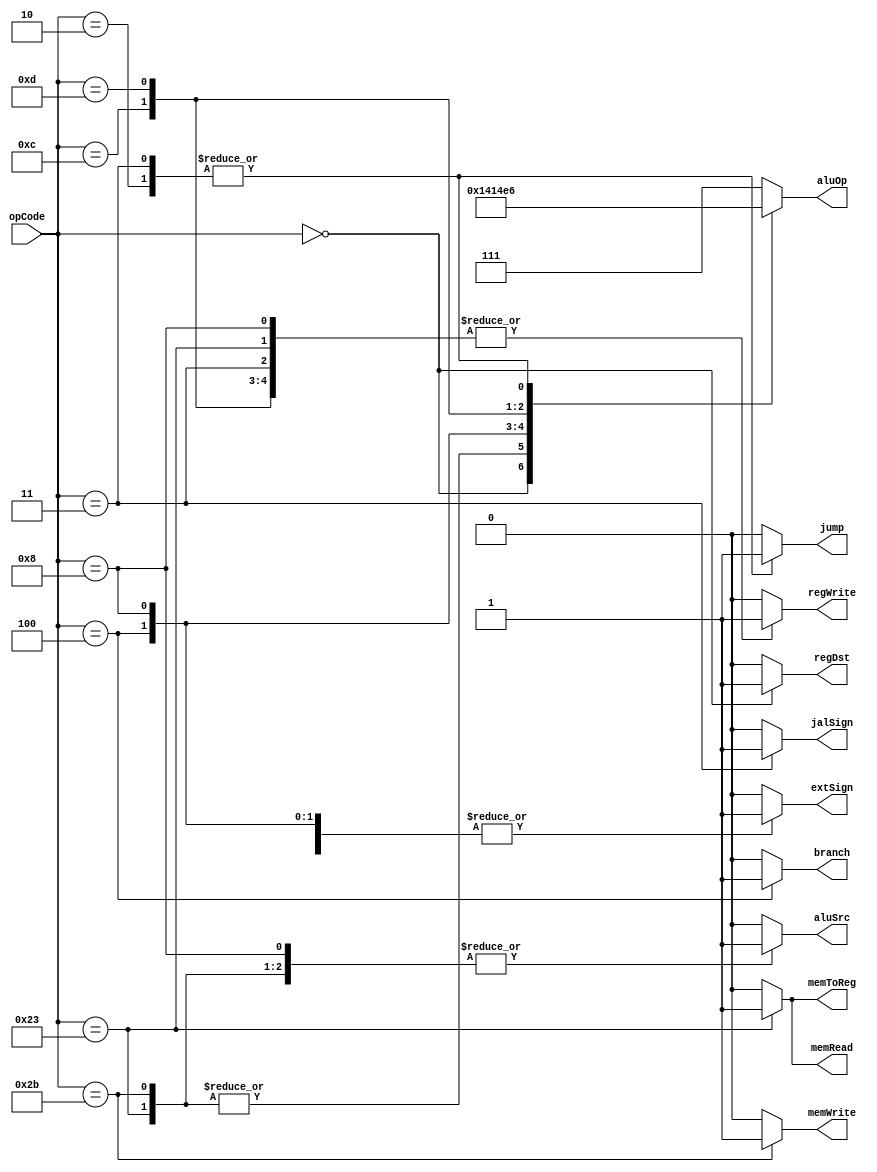
`timescale 1ns / 1ps
//////////////////////////////////////////////////////////////////////////////////
// Company: 
// Engineer: 
// 
// Design Name: 
// Module Name: Ctr
// Project Name: 
// Target Devices: 
// Tool Versions: 
// Description: 
// 
// Dependencies: 
// 
// Revision:
// Revision 0.01 - File Created
// Additional Comments:
// 
//////////////////////////////////////////////////////////////////////////////////


module Ctr(
    input [5:0] opCode,
    output regDst,
    output aluSrc,
    output memToReg,
    output regWrite,
    output memRead,
    output memWrite,
    output branch,
    output [2:0] aluOp,
    output jump,
    output extSign,
    output jalSign
    );

    reg RegDst;
    reg ALUSrc;
    reg MemToReg;
    reg RegWrite;
    reg MemRead;
    reg MemWrite;
    reg Branch;
    reg [2:0] ALUOp;
    reg Jump;
    reg ExtSign;
    reg JalSign;

    always @(opCode)
    begin
        case(opCode)
        6'b000000: //R type
        begin
            RegDst = 1;
            ALUSrc = 0;
            MemToReg = 0;
            RegWrite = 1;
            MemRead = 0;
            MemWrite = 0;
            Branch = 0;
            ALUOp = 3'b101;
            Jump = 0;
            ExtSign=0;
            JalSign=0;
        end
        6'b100011: //lw
        begin
            RegDst = 0;
            ALUSrc = 1;
            MemToReg = 1;
            RegWrite = 1;
            MemRead = 1;
            MemWrite = 0;
            Branch = 0;
            ALUOp = 3'b000;
            Jump = 0;
            ExtSign=1;
            JalSign=0;
        end
        6'b101011: //sw
        begin
            RegDst = 0;
            ALUSrc = 1;
            MemToReg = 0; 
            RegWrite = 0;
            MemRead = 0;
            MemWrite = 1;
            Branch = 0;
            ALUOp = 3'b000;
            Jump = 0;
            ExtSign=1;
            JalSign=0;
        end
        6'b000100: //beq
        begin
            RegDst = 0;
            ALUSrc = 0;
            MemToReg = 0;
            RegWrite = 0;
            MemRead = 0;
            MemWrite = 0;
            Branch = 1;
            ALUOp = 3'b001;
            Jump = 0;
            ExtSign=1;
            JalSign=0;
        end
        6'b001000:      // addi
        begin
            RegDst = 0;
            ALUSrc = 1;
            MemToReg = 0;
            RegWrite = 1;
            MemRead = 0;
            MemWrite = 0;
            Branch = 0;
            ALUOp = 3'b010;
            Jump = 0;
            ExtSign=1;
            JalSign=0;
        end
        6'b001100:      // andi
        begin
            RegDst = 0;
            ALUSrc = 1;
            MemToReg = 0;
            RegWrite = 1;
            MemRead = 0;
            MemWrite = 0;
            Branch = 0;
            ALUOp = 3'b011;
            Jump = 0;
            ExtSign=0;
            JalSign=0;
        end
        6'b001101:      // ori
        begin
            RegDst = 0;
            ALUSrc = 1;
            MemToReg = 0;
            RegWrite = 1;
            MemRead = 0;
            MemWrite = 0;
            Branch = 0;
            ALUOp = 3'b100;
            Jump = 0;
            ExtSign=0;
            JalSign=0;
        end
        6'b000010: //jump
        begin
            RegDst = 0;
            ALUSrc = 0;
            MemToReg = 0;
            RegWrite = 0;
            MemRead = 0;
            MemWrite = 0;
            Branch = 0;
            ALUOp = 3'b110;
            Jump = 1;
            ExtSign=0;
            JalSign=0;
        end
        6'b000011:      // jal
        begin
            RegDst = 0;
            ALUSrc = 0;
            MemToReg = 0;
            RegWrite = 1;
            MemRead = 0;
            MemWrite = 0;
            Branch = 0;
            ALUOp = 3'b110;
            Jump = 1;
            ExtSign=0;
            JalSign=1;
        end
        default:
        begin
            RegDst = 0;
            ALUSrc = 0;
            MemToReg = 0;
            RegWrite = 0;
            MemRead = 0;
            MemWrite = 0;
            Branch = 0;
            ALUOp = 3'b111;
            Jump = 0;
            ExtSign=0;
            JalSign=0;
        end
        endcase
    end

    assign regDst = RegDst;
    assign aluSrc = ALUSrc;
    assign memToReg = MemToReg;
    assign regWrite = RegWrite;
    assign memRead = MemRead;
    assign memWrite = MemWrite;
    assign branch = Branch;
    assign aluOp = ALUOp;
    assign jump = Jump;
    assign extSign=ExtSign;
    assign jalSign=JalSign;
    
endmodule